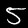
Label: 5